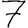
Digit: 7